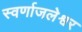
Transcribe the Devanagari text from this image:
स्वर्णाजलेश्वर